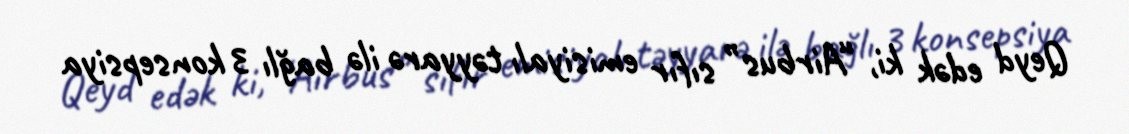
Qeyd edək ki, “Airbus” sıfır emisiyalı təyyarə ilə bağlı 3 konsepsiya